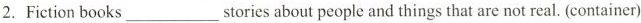
2. Fiction books ___ stories about people and things that are not real. (container)